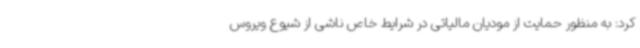
کرد: به منظور حمایت از مودیان مالیاتی در شرایط خاص ناشی از شیوع ویروس